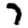
Digit: 7